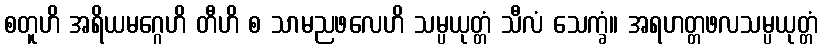
စတူဟိ အရိယမဂ္ဂေဟိ တီဟိ စ သာမညဖလေဟိ သမ္ပယုတ္တံ သီလံ သေက္ခံ။ အရဟတ္တဖလသမ္ပယုတ္တံ